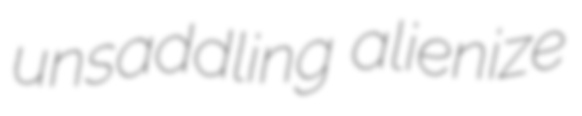
unsaddling alienize